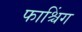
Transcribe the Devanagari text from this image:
फाश्चिंग